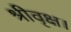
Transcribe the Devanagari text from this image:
श्रीवृक्ष।